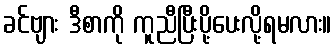
ခင်ဗျား ဒီစာကို ကူညီပြီးပို့ပေးလို့ရမလား။